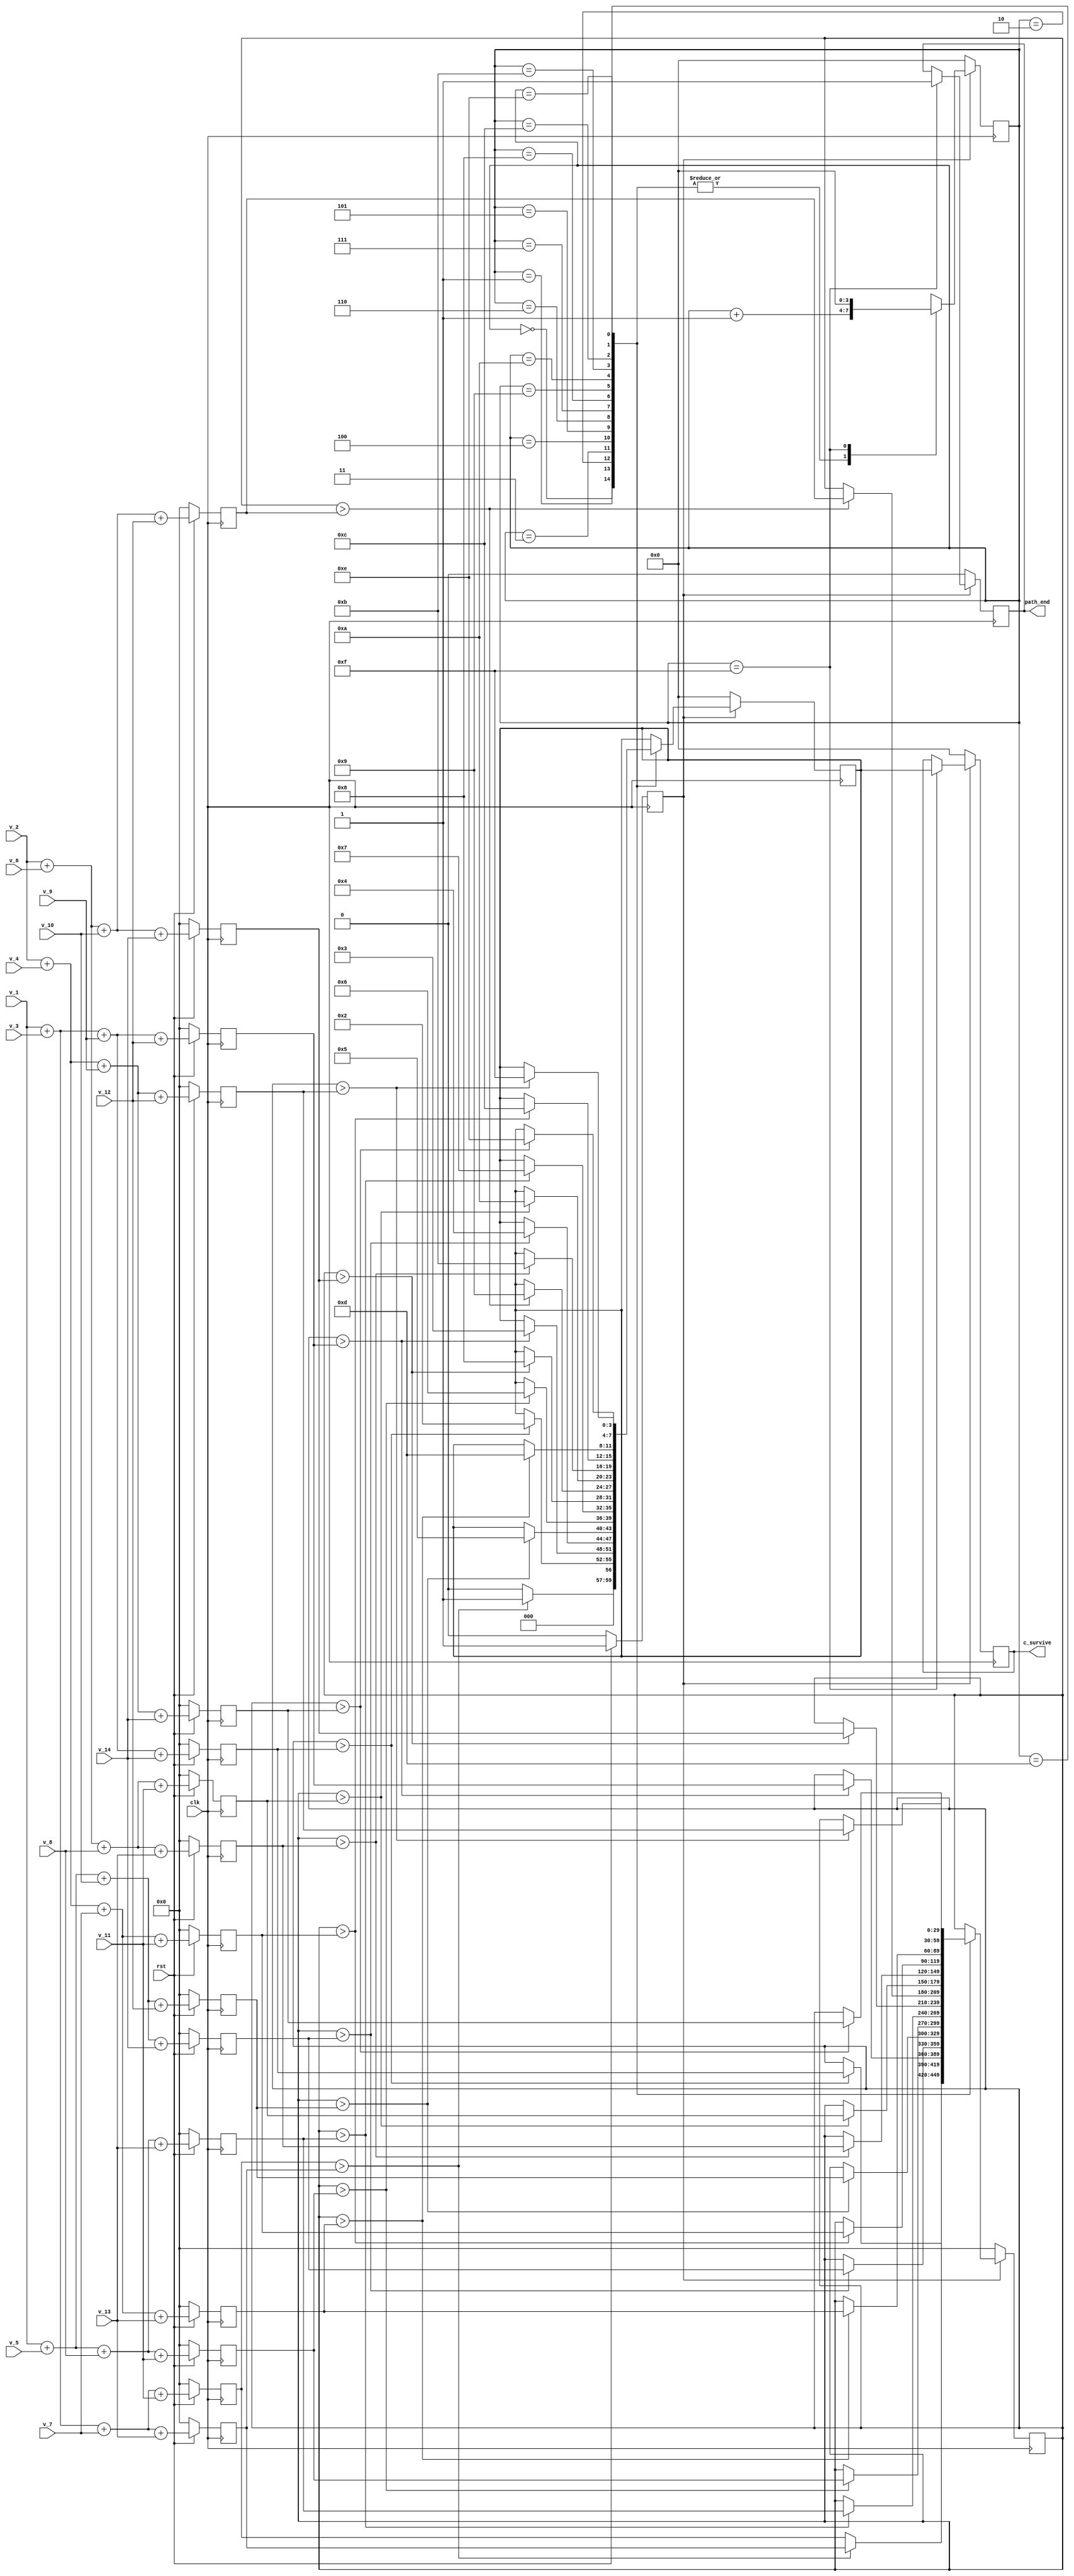
`timescale 1ns / 1ps


module path2(
    input clk,
	input rst,
	input[29:0] v_1, 
	input[29:0] v_2, 
	input[29:0] v_3, 
	input[29:0] v_4, 
	input[29:0] v_5, 
	input[29:0] v_6, 
	input[29:0] v_7, 
	input[29:0] v_8, 
	input[29:0] v_9, 
	input[29:0] v_10, 
	input[29:0] v_11, 
	input[29:0] v_12, 
	input[29:0] v_13, 
	input[29:0] v_14,
   //output[29:0] path_survive,         //
   output[3:0] c_survive,
	output path_end
    );
reg[29:0] path1;                      //16
reg[29:0] path2;	 
reg[29:0] path3;	 
reg[29:0] path4;	 
reg[29:0] path5;	 
reg[29:0] path6;	 
reg[29:0] path7;	 
reg[29:0] path8;	 
reg[29:0] path9;	 
reg[29:0] path10;	 
reg[29:0] path11;	 
reg[29:0] path12;	 
reg[29:0] path13;	 
reg[29:0] path14;	 
reg[29:0] path15;	 
reg[29:0] path16;
reg[29:0] path_temp;
//reg[29:0] path_best;
reg best_start;	 
reg[3:0] c;
reg[3:0] c_last;
reg[3:0] cnt_best;
reg path_over;

//assign path_survive = path_best;
assign c_survive = c_last;
assign path_end = path_over;

always @(posedge clk)
begin
if(!rst)
 begin
  path1<=0;
  path2<=0;
  path3<=0;
  path4<=0;
  path5<=0;
  path6<=0;
  path7<=0;
  path8<=0;
  path9<=0;
  path10<=0;
  path11<=0;
  path12<=0;
  path13<=0;
  path14<=0;
  path15<=0;
  path16<=0;
  best_start<=0;
 end
else
 begin
 path1<=v_1+v_3+v_7+v_11;             //16
 path2<=v_1+v_3+v_7+v_13; 
 path3<=v_1+v_3+v_9+v_14; 
 path4<=v_1+v_3+v_9+v_12; 
 path5<=v_1+v_5+v_10+v_14; 
 path6<=v_1+v_5+v_10+v_12; 
 path7<=v_1+v_5+v_8+v_11; 
 path8<=v_1+v_5+v_8+v_13; 
 path9<=v_2+v_6+v_10+v_14; 
 path10<=v_2+v_6+v_10+v_12; 
 path11<=v_2+v_6+v_8+v_11; 
 path12<=v_2+v_6+v_8+v_13; 
 path13<=v_2+v_4+v_7+v_11; 
 path14<=v_2+v_4+v_7+v_13;
 path15<=v_2+v_4+v_9+v_14;
 path16<=v_2+v_4+v_9+v_12;
 best_start<=1;
end 
end

always @(posedge clk)                   //
begin
 if(!best_start)
  begin
   path_temp<=0;
	//path_best<=0;
	cnt_best<=0;
	c<=0;
	c_last<=0;
	path_over<=0;
  end
 else
  begin
	case(cnt_best)
	 0: begin
	     if(path1>path2)
		  begin
		   path_temp<=path2;
			c<=4'b0001;
		  end
		  else
		  begin
		   path_temp<=path1;
			c<=4'b0000;
		  end
		  cnt_best<=cnt_best+1;
		end
	1: begin
	    if(path_temp>path3)
		  begin
		  path_temp<=path3;
		  c<=4'b0010;
		  end
		 else
		 begin
		  path_temp<=path_temp;
		  c<=c;
		 end
		 cnt_best<=cnt_best+1;
		end
	2: begin
	    if(path_temp>path4)
		 begin
		  path_temp<=path4;
		  c<=4'b0011;
		 end
		 else
		 begin
		  path_temp<=path_temp;
		  c<=c;
		 end
		 cnt_best<=cnt_best+1;
		end
	3: begin
	    if(path_temp>path5)
		 begin
		  path_temp<=path5;
		  c<=4'b0100;
		 end
		 else
		 begin
		  path_temp<=path_temp;
		  c<=c;
		 end
		 cnt_best<=cnt_best+1;
		end
	4: begin
	    if(path_temp>path6)
		 begin
		  path_temp<=path6;
		  c<=4'b0101;
		 end
		 else
		 begin
		  path_temp<=path_temp;
		  c<=c;
		 end
		 cnt_best<=cnt_best+1;
		end
	5: begin
	    if(path_temp>path7)
		 begin
		  path_temp<=path7;
		  c<=4'b0110;
		 end
		 else
		 begin
		  path_temp<=path_temp;
		  c<=c;
		 end
		 cnt_best<=cnt_best+1;
		end
	6: begin
	    if(path_temp>path8)
		 begin
		  path_temp<=path8;
		  c<=4'b0111;
		 end
		 else
		 begin
		  path_temp<=path_temp;
		  c<=c;
		 end
		 cnt_best<=cnt_best+1;
		end
	7: begin
	    if(path_temp>path9)
		 begin
		  path_temp<=path9;
		  c<=4'b1000;
		 end
		 else
		 begin
		  path_temp<=path_temp;
		  c<=c;
		 end
		 cnt_best<=cnt_best+1;
		end
	8: begin
	    if(path_temp>path10)
		 begin
		  path_temp<=path10;
		  c<=4'b1001;
		 end
		 else
		 begin
		  path_temp<=path_temp;
		  c<=c;
		 end
		 cnt_best<=cnt_best+1;
		end
   9: begin
	    if(path_temp>path11)
		 begin
		  path_temp<=path11;
		  c<=4'b1010;
		 end
		 else
		 begin
		  path_temp<=path_temp;
		  c<=c;
		 end
		 cnt_best<=cnt_best+1;
		end
  10: begin
	    if(path_temp>path12)
		 begin
		  path_temp<=path12;
		  c<=4'b1011;
		 end
		 else
		 begin
		  path_temp<=path_temp;
		  c<=c;
		 end
		 cnt_best<=cnt_best+1;
		end
  11: begin
	    if(path_temp>path13)
		 begin
		  path_temp<=path13;
		  c<=4'b1100;
		 end
		 else
		 begin
		  path_temp<=path_temp;
		  c<=c;
		 end
		 cnt_best<=cnt_best+1;
		end
  12: begin
	    if(path_temp>path14)
		 begin
		  path_temp<=path14;
		  c<=4'b1101;
		 end
		 else
		 begin
		  path_temp<=path_temp;
		  c<=c;
		 end
		 cnt_best<=cnt_best+1;
		end
  13: begin
	    if(path_temp>path15)
		 begin
		  path_temp<=path15;
		  c<=4'b1110;
		 end
		 else
		 begin
		  path_temp<=path_temp;
		  c<=c;
		 end
		 cnt_best<=cnt_best+1;
		end
  14: begin
	    if(path_temp>path16)
		 begin
		  path_temp<=path16;
		  c<=4'b1111;
		 end
		 else
		 begin
		  path_temp<=path_temp;
		  c<=c;
		 end
		 cnt_best<=cnt_best+1;
		end
  15:begin
      //path_best<=path_temp;             //
		c_last<=c;
		path_over<=1;
		cnt_best<=16;
	  end
  endcase
 end
end

endmodule